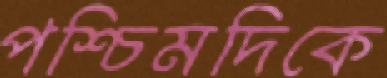
পশ্চিমদিকে